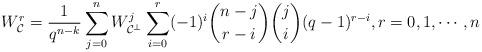
LaTeX: \begin{align*} W_{\mathcal{C}}^r = \frac{1}{q^{n-k}}\sum_{j=0}^n W_{\mathcal{C}^{\perp}}^j\sum_{i=0}^r(-1)^i\binom{n-j}{r-i}\binom{j}{i}(q-1)^{r-i}, r = 0,1,\cdots,n\end{align*}